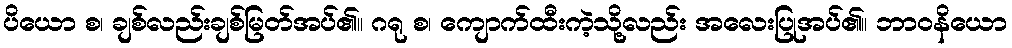
ပိယော စ၊ ချစ်လည်းချစ်မြတ်အပ်၏။ ဂရု စ၊ ကျောက်ထီးကဲ့သို့လည်း အလေးပြုအပ်၏။ ဘာဝနိယော